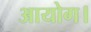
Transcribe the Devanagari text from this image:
आयोग।